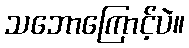
သဘောကြောင့်ပဲ။